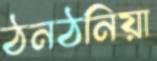
ঠনঠনিয়া